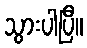
သွားပါပြီ။